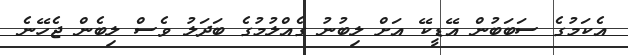
އެކަމުގެ ސަބަބުން އޭޑީކޭ އަށް ލިބުނު ގެއްލުމުގެ ބަދަލު ވެސް ލިބެން ޖެހޭނެ